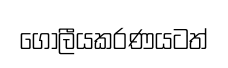
ගෝලීයකරණයටත්